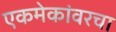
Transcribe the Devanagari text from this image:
एकमेकांवरचा